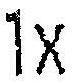
1X